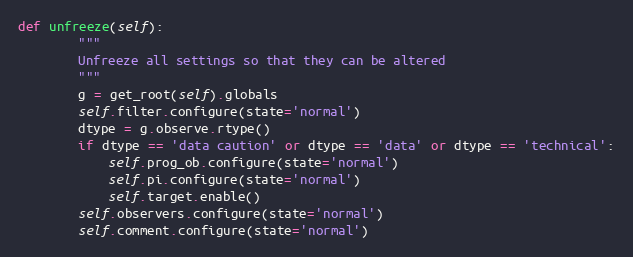
Language: Python
def unfreeze(self):
        """
        Unfreeze all settings so that they can be altered
        """
        g = get_root(self).globals
        self.filter.configure(state='normal')
        dtype = g.observe.rtype()
        if dtype == 'data caution' or dtype == 'data' or dtype == 'technical':
            self.prog_ob.configure(state='normal')
            self.pi.configure(state='normal')
            self.target.enable()
        self.observers.configure(state='normal')
        self.comment.configure(state='normal')